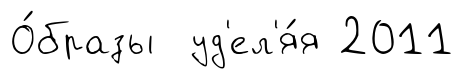
О́бразы уд'ел'я́я 2011